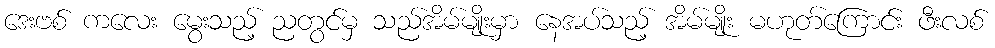
ဒေးဗစ် ကလေး မွေးသည့် ညတွင်မှ သည်အိမ်မျိုးမှာ နေအပ်သည့် အိမ်မျိုး မဟုတ်ကြောင်း ဖီးလစ်